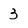
Character: 3